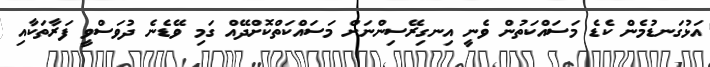
އަޅުގަނޑުމެން ކެޑެ މަސައްކަތުން ވެނީ އިނގިރޭސިންނަށް މަސައްކަތްކޮށްދޭއް ގަމި ވޭޑެނެ ދުވަސްވީ ފަރާތަކާއި